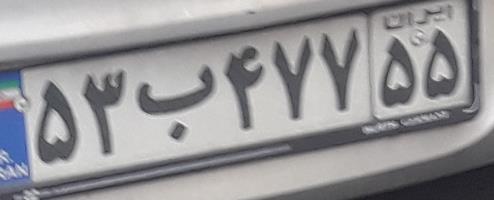
۵۳ب۴۷۷۵۵